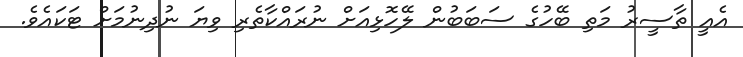
އެއީ ތާސީރު މަތި ބޭހުގެ ސަބަބުން ލޭހޮޅިއަށް ނުރައްކާތެރި ވިޔަ ނުދިނުމަށް ޓަކައެވެ.